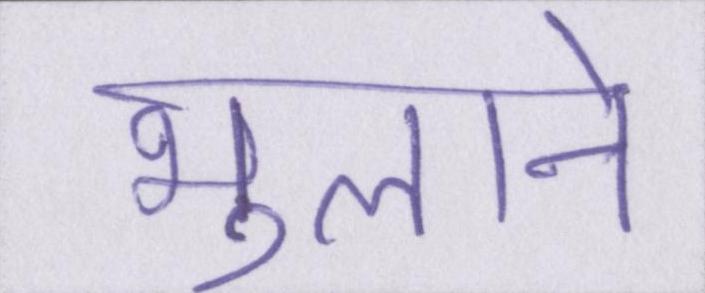
भुलाने